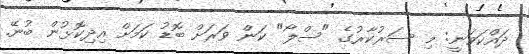
ދައްކަވަނީ: މި ސަރުކާރުގެ "ސްލޯ" ކަން ވަރަށް ބޮޑު ކަމަށް އިދިކޮޅުން ބުނޭ.